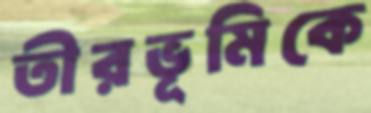
তীরভূমিকে